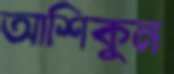
আশিকুন